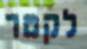
לקטר